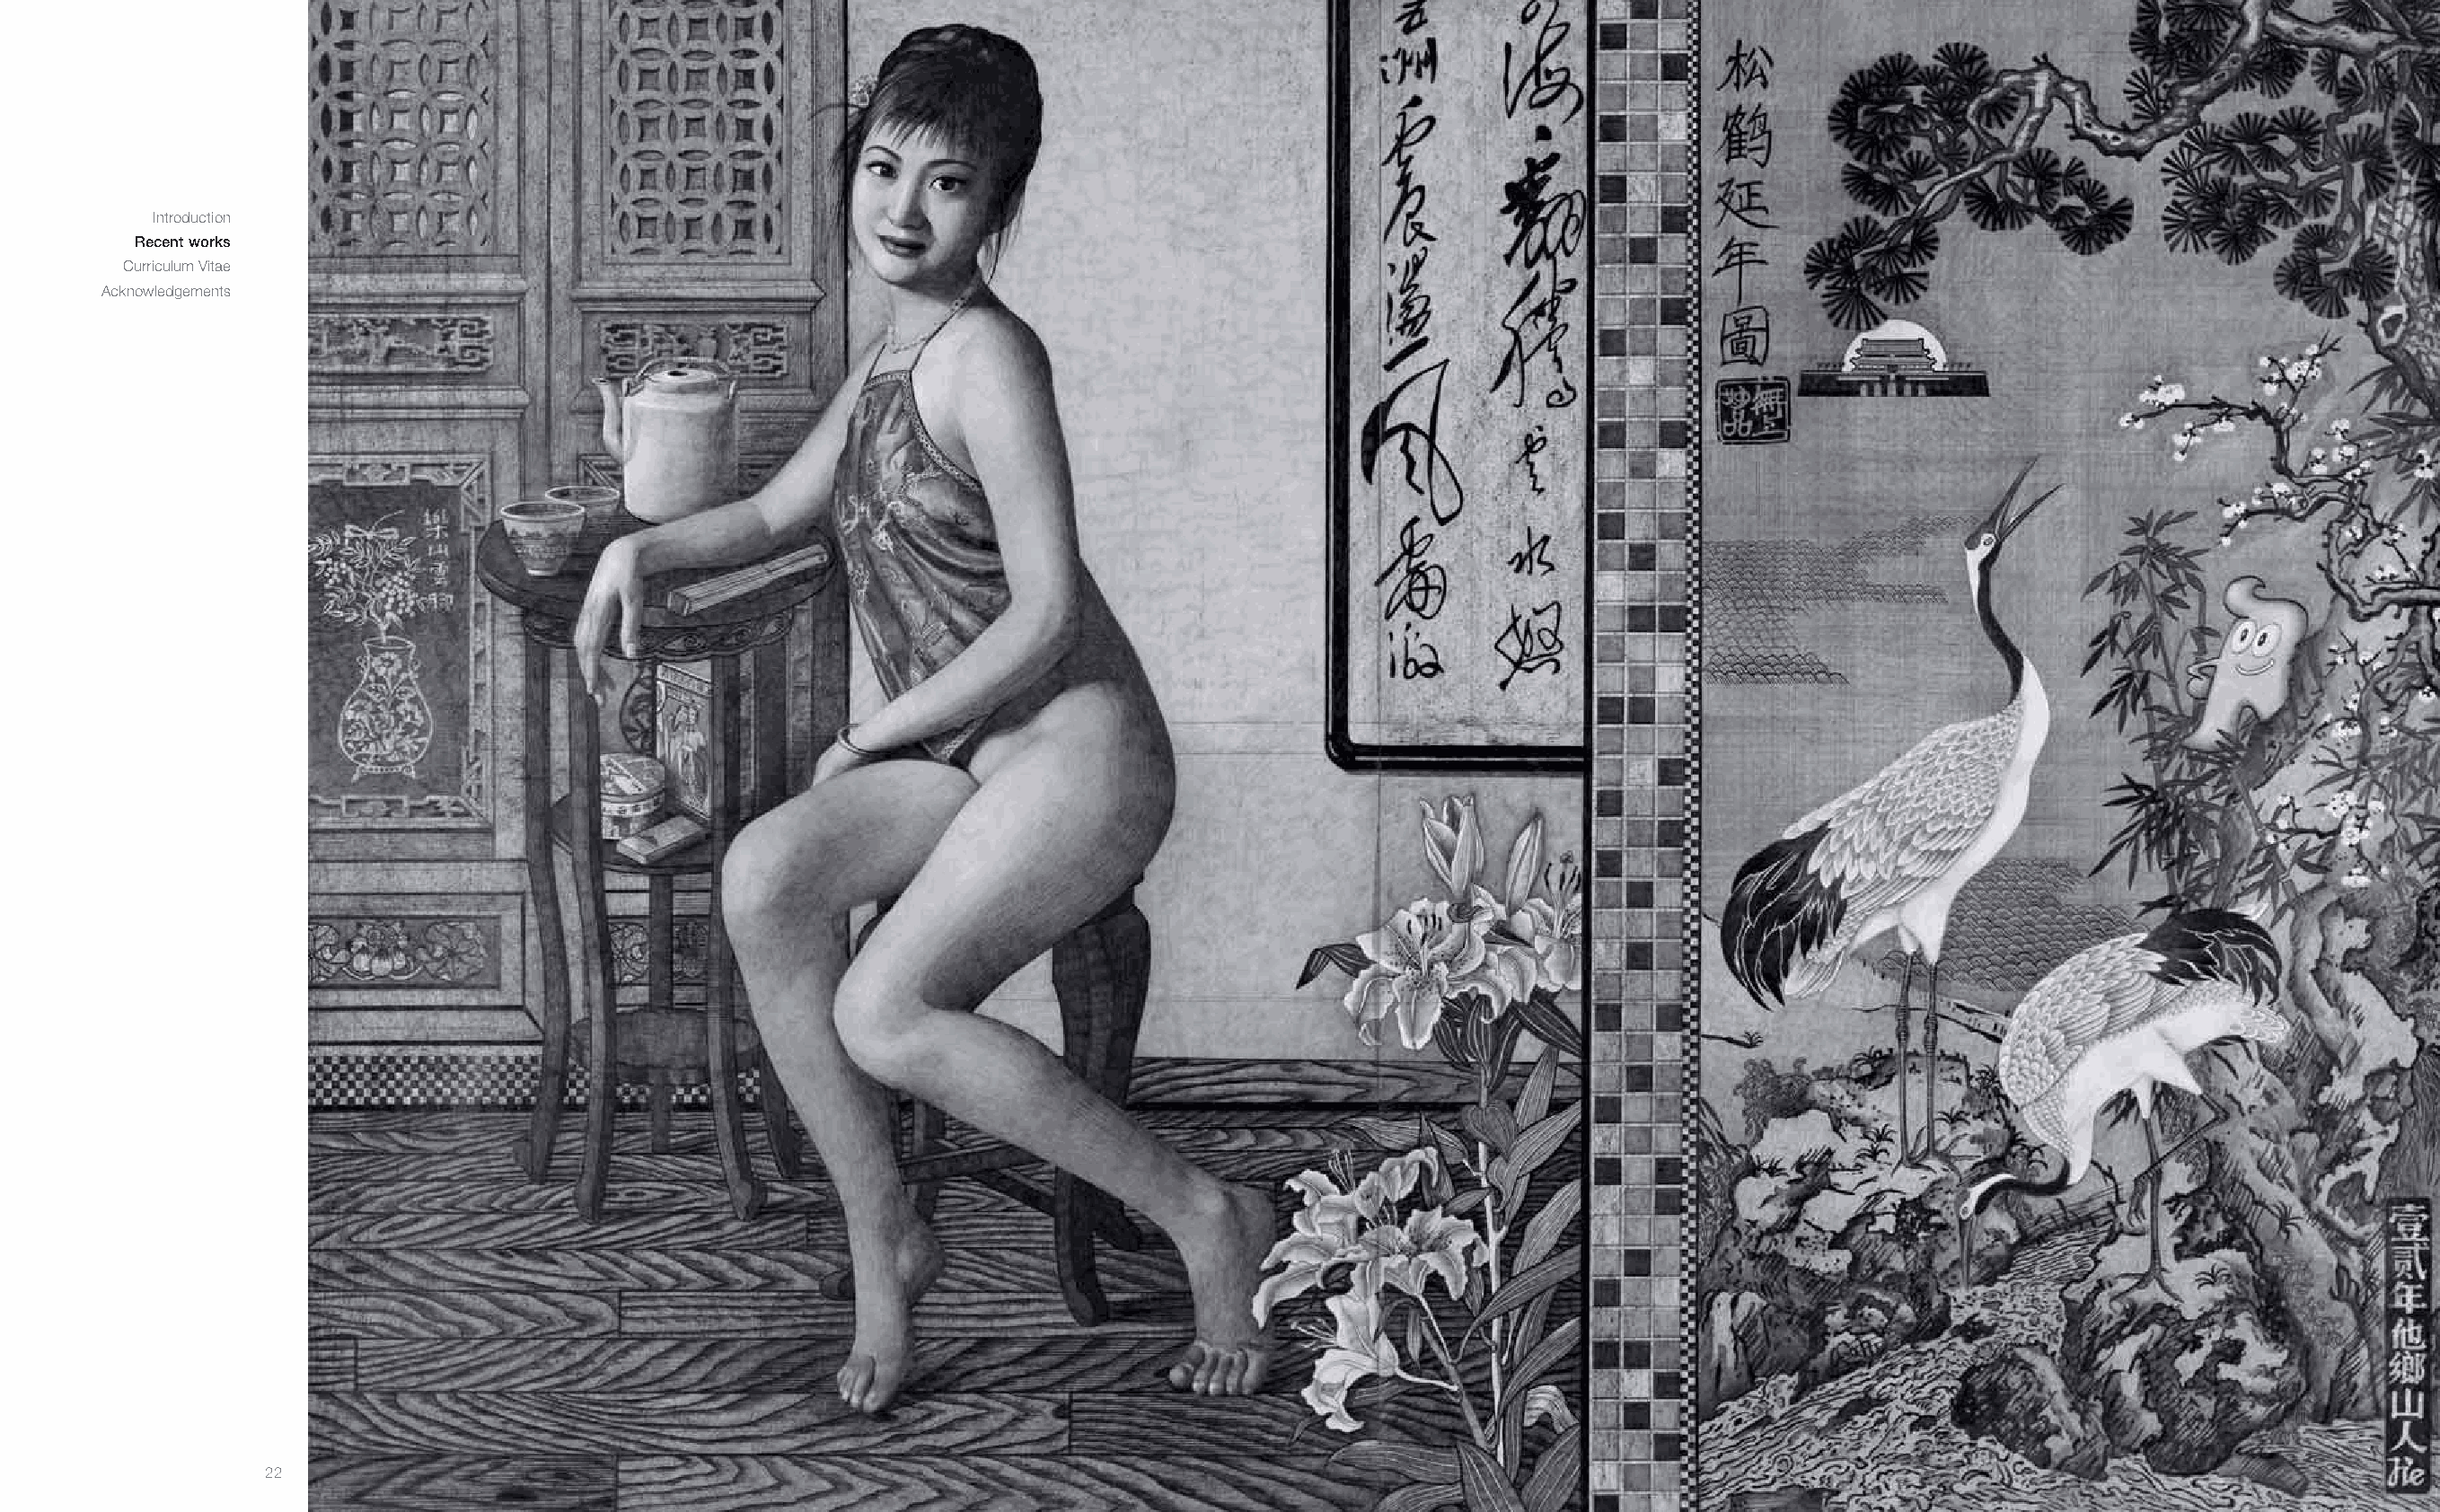
Introduction
 Recent works
 Curriculum Vitae
 Acknowledgements
 22                                                                                                                                                       23